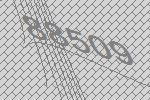
88509